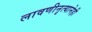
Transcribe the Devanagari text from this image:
लावणीनृत्यानेही